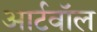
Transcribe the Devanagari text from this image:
आर्टवॉल